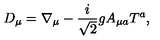
D _ { \mu } = \nabla _ { \mu } - \frac { i } { \sqrt { 2 } } g A _ { \mu a } T ^ { a } ,